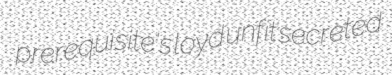
prerequisite's loyd unfit secreted